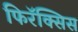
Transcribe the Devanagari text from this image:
फिरॅक्सिस